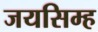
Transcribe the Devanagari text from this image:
जयसिम्ह